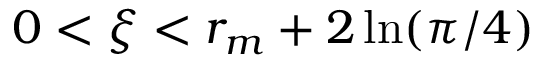
0 < \xi < r _ { m } + 2 \ln ( \pi / 4 )